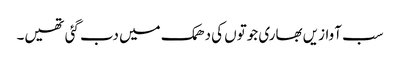
سب آوازیں بھاری جوتوں کی دھمک میں دب گئی تھیں۔